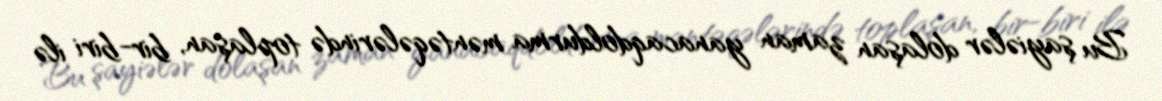
Bu şayiələr dolaşan zaman yanacaqdoldurma məntəqələrində toplaşan, bir-biri ilə